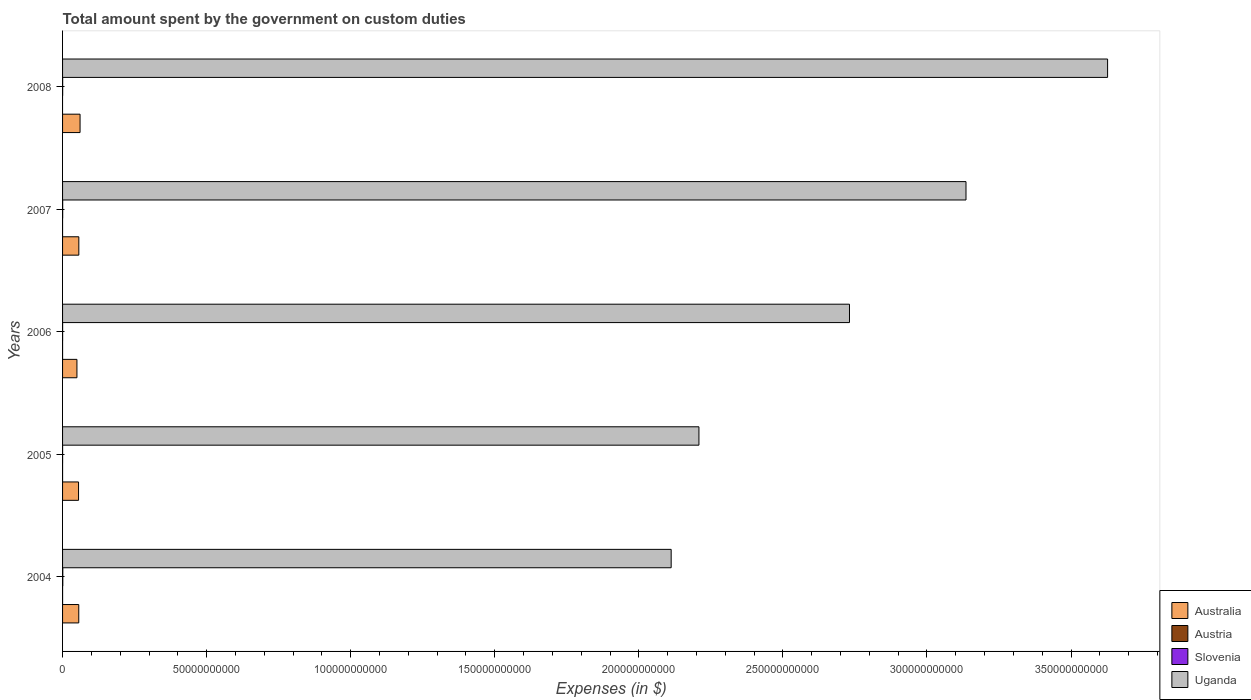
| Years | Australia | Austria | Slovenia | Uganda |
 | --- | --- | --- | --- | --- |
 | 2004 | 5.62e+09 | 3.94e+06 | 8.07e+07 | 2.11e+11 |
 | 2005 | 5.55e+09 | 1.43e+06 | 1.07e+07 | 2.21e+11 |
 | 2006 | 4.99e+09 | 7e+04 | 1.52e+07 | 2.73e+11 |
 | 2007 | 5.64e+09 | -7.66e+06 | 3.45e+07 | 3.14e+11 |
 | 2008 | 6.07e+09 | -2.06e+07 | 3e+07 | 3.63e+11 |